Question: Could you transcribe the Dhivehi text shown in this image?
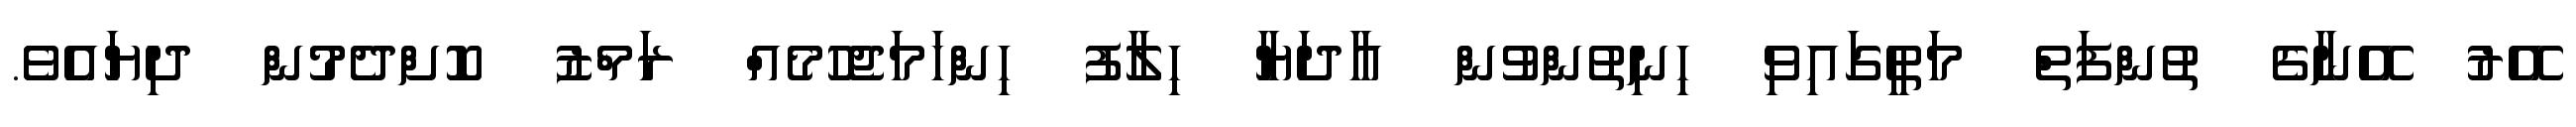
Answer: އޭރު އޭނާގެ ތުންފަތް މަތީގައިވި ހިނިތުންވުން އާދަޔާ ހިލާފު ހިންހަމަޖެހުމެއް ރަމްޒު ކޮށްދެމުން ދިޔައެވެ.